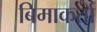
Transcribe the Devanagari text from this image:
बिमाकर्ता